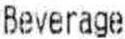
BEVERAGE